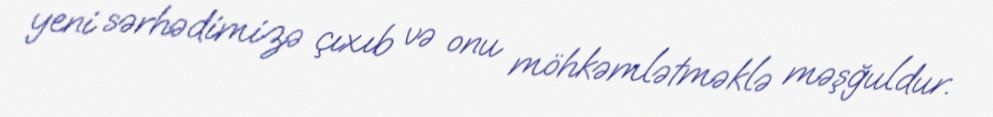
yeni sərhədimizə çıxıb və onu möhkəmlətməklə məşğuldur.